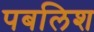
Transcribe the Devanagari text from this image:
पबलिश